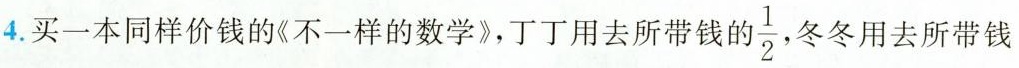
4. 买一本同样价钱的《不一样的数学》，丁丁用去所带钱的 \frac{1}{2}冬冬用去所带钱